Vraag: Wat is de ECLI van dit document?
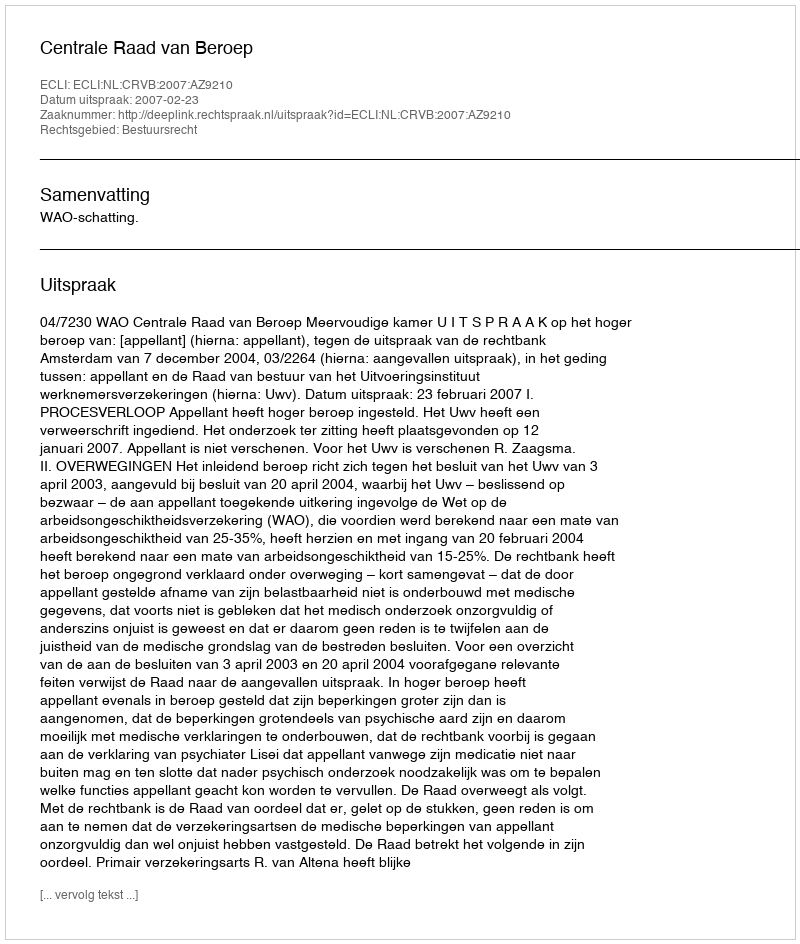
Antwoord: ECLI:NL:CRVB:2007:AZ9210